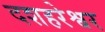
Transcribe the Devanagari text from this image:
दशहरेश्वर